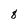
Character: 8